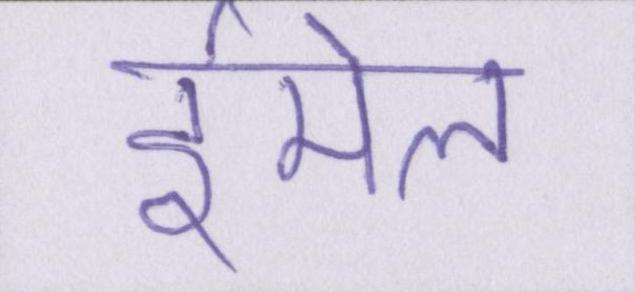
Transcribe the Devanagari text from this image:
ईमेल